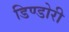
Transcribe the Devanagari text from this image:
डिण्डोरी